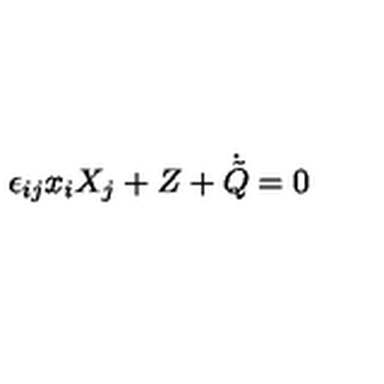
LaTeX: \epsilon _ { i j } x _ { i } X _ { j } + Z + \dot { \tilde { Q } } = 0